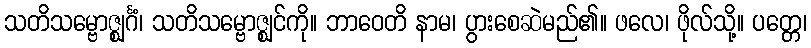
သတိသမ္ဗောဇ္ဈင်္ဂံ၊ သတိသမ္ဗောဇ္ဈင်ကို။ ဘာဝေတိ နာမ၊ ပွားစေဆဲမည်၏။ ဖလေ၊ ဖိုလ်သို့။ ပတ္တေ၊